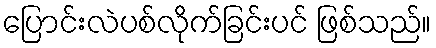
ပြောင်းလဲပစ်လိုက်ခြင်းပင် ဖြစ်သည်။